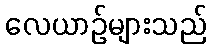
လေယာဉ်များသည်